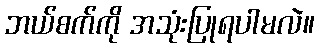
ဘယ်စက်ကို အသုံးပြုရပါမလဲ။